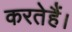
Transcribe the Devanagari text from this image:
करतेहैं।